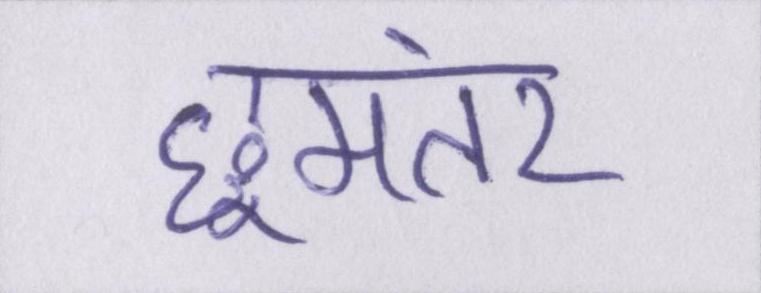
छूमंतर